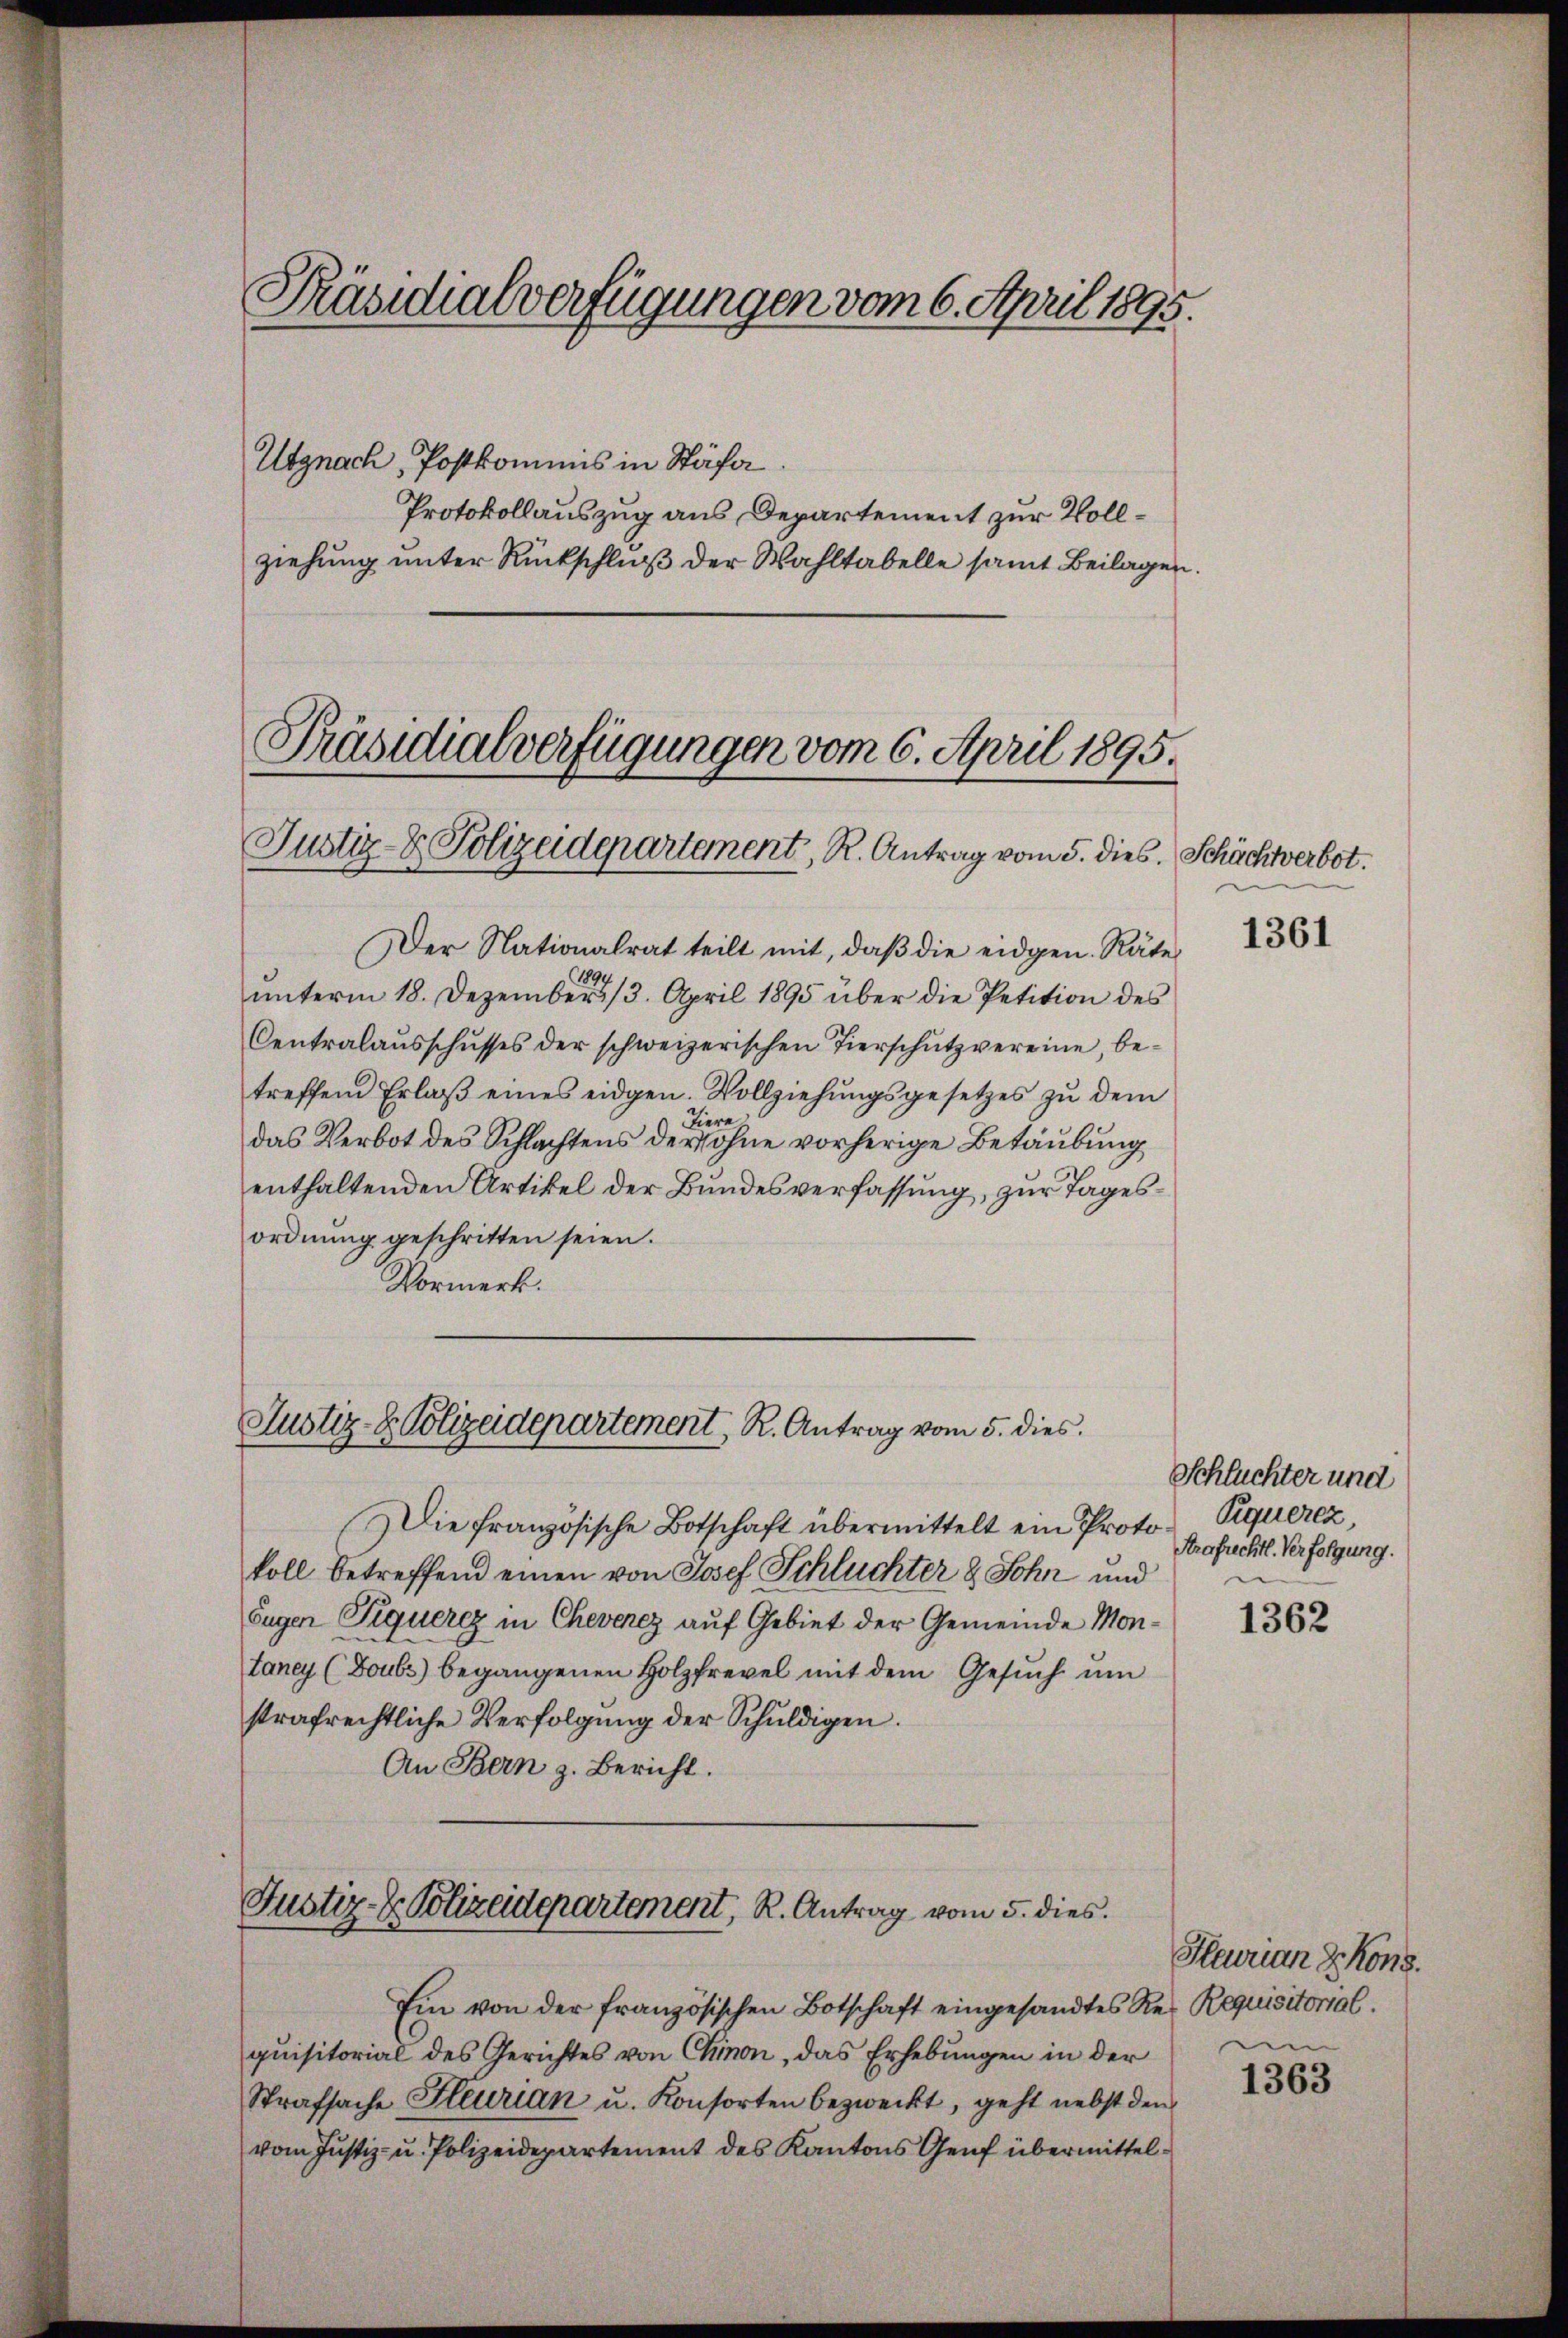
Präsidialverfügungen vom 6. April 1895.
Ubgnach, Postkommnis in Stäfa
Protokollauszug aus Departement zur Vollziehŭng ŭnter Rückschlŭβ der Wahltabelle samt Beilagen.
Präsidialverfügungen vom 6. April 1895.

Justiz- & Polizeidepartement, R. Antrag vom 5. dies. Schächtverbot.

Justiz- & Polizeidepartement, R. Antrag vom 5. dies

Justiz- & Polizeidepartement, R. Antrag vom 5. dies

Die französische Botschaft übermittelt ein Protokoll betreffend einen von Josef Schluchter & Sohn und
Fugen Piquerez in Chevenez auf Gebiet der Gemeinde Montaney (Boubs begangenen Holzfrevel mit dem Gesŭch ŭm
strafrechtliche Verfolgŭng der Schuldigen.
An Bern z. Bericht.

Ein von der französischen Botschaft eingesandtes Res Requisitorial.
quisitorial des Gerichtes von Chinon, das Erhebungen in der
Strafsache Fleurian u. Konsorten bezweckt, geht nebst den
vom Justiz- u. Polizeidepartement des Kantons Genf übermittel¬

Der Nationalrat teilt mit, daß die eidgen. Räte
unterm 18. Dezember 13. April 1895 über die Petition des
Centralaŭsschusses der schweizerischen Tierschütz vereine, be-
treffend Erlaβ eines eidgen. Vollziehŭngsgesetzes zŭ dem
Tiere
das Verbot des Schlachtens der Sohne vorherige Betäubung
enthaltenden Artikel der Bundesverfassung, zur Tagesordnŭng geschritten seien.
Vormerk.

1361

Schluchter und
Piquerez,
Prafrechtl. Verfolgung.

1362

Havuan Kons.
um

1363